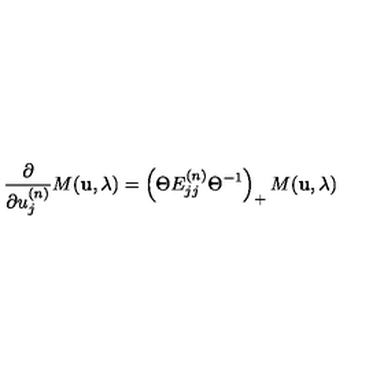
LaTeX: \frac { \partial } { \partial u _ { j } ^ { ( n ) } } M ( { \bf u } , \lambda ) = \left( \Theta E _ { j j } ^ { ( n ) } \Theta ^ { - 1 } \right) _ { + } M ( { \bf u } , \lambda )